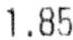
1.85